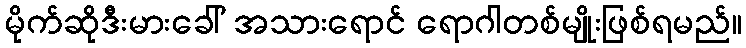
မိုက်ဆိုဒီးမားခေါ် အသားရောင် ရောဂါတစ်မျိုးဖြစ်ရမည်။